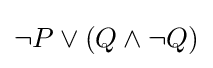
\neg P\lor (Q\land \neg Q)